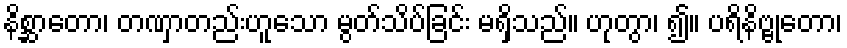
နိစ္ဆာတော၊ တဏှာတည်းဟူသော မွတ်သိပ်ခြင်း မရှိသည်။ ဟုတွာ၊ ၍။ ပရိနိဗ္ဗုတော၊